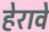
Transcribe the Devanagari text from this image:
हेरावे